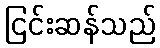
ငြင်းဆန်သည်